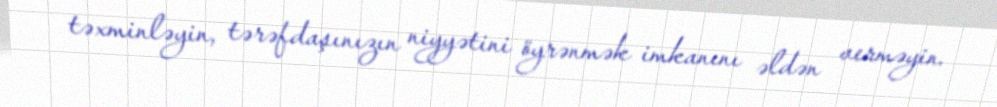
təxminləyin, tərəfdaşınızın niyyətini öyrənmək imkanını əldən verməyin.